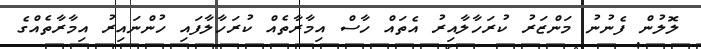
ލޮލުން ފެނުނު މަންޒަރު ކުރަހާލާއިރު އެތައް ހާސް އިމާރާތެއް ކުރަހާލާފައި ހުންނައިރު އިމާރާތެއްގެ